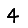
Digit: 4